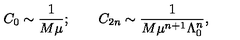
C _ { 0 } \sim \frac { 1 } { M \mu } ; \qquad C _ { 2 n } \sim \frac { 1 } { M \mu ^ { n + 1 } \Lambda _ { 0 } ^ { n } } ,